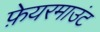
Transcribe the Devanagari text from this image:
फ़ेयरमाउंट